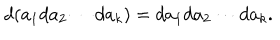
d ( a _ { 1 } d a _ { 2 } \cdots d a _ { k } ) = d a _ { 1 } d a _ { 2 } \cdots d a _ { k } .